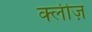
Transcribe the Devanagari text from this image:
क्लीज़